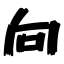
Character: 向